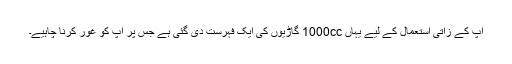
آپ کے زاتی استعمال کے لیے یہاں 1000cc گاڑیوں کی ایک فہرست دی گئی ہے جس پر آپ کو غور کرنا چاہیے۔